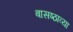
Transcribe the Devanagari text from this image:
बासष्ठाव्या